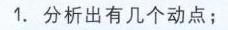
1. 分析出有几个动点；